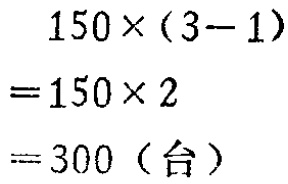
\[

\begin{align*}

&150\times(3 - 1)\\

=&150\times2\\

=&300 (\text{台})

\end{align*}

\]